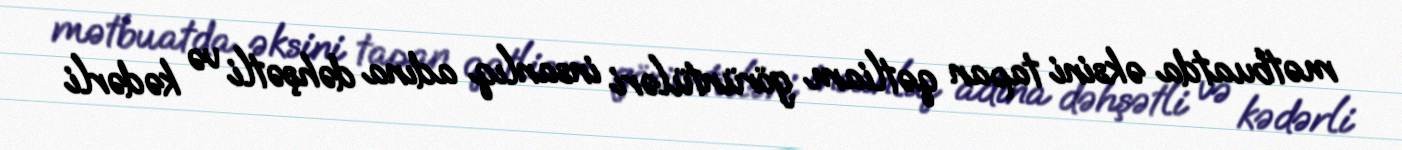
mətbuatda əksini tapan qətliam görüntüləri insanlıq adına dəhşətli və kədərli